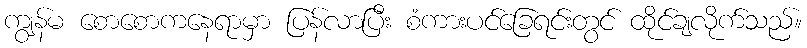
ကျွန်မ စောစောကနေရာမှာ ပြန်လာပြီး စံကားပင်ခြေရင်းတွင် ထိုင်ချလိုက်သည်။